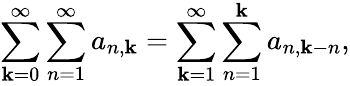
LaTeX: \sum_{\mathbf{k}=0}^{\infty}\sum_{n=1}^{\infty}a_{n,\mathbf{k}}=\sum_{\mathbf{k}=1}^{\infty}\sum_{n=1}^{\mathbf{k}}a_{n,\mathbf{k}-n},